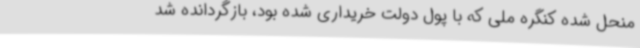
منحل شده کنگره ملی که با پول دولت خریداری شده بود، بازگردانده شد